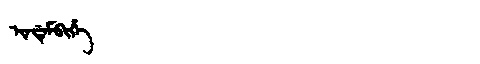
Manchu: ᡳᠨᡩᡝᠮᠪᡳᡥᡝ
Romanization: INDEMBIHE